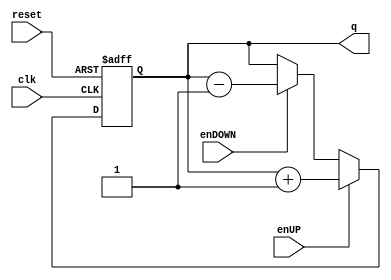
`timescale 1ns / 1ps
//////////////////////////////////////////////////////////////////////////////////
// Company: 
// Engineer: 
// 
// Design Name: 
// Module Name:    Contador_Ascendente_Descendente 
// Project Name: 
// Target Devices: 
// Tool versions: 
// Description: 
//
// Dependencies: 
//
// Revision: 
// Revision 0.01 - File Created
// Additional Comments: 
//
//////////////////////////////////////////////////////////////////////////////////
module Contador_Ascendente_Descendente

	# (parameter N = 4) // Para definir el nmero de bits del contador
	(
		input wire clk,
		input wire reset,
		input wire enUP,
		input wire enDOWN,
		output wire [N-1:0] q
    );

//Signal Declarations
reg [N-1:0] q_act, q_next;


//Body of "state" registers
always@(posedge clk,posedge reset)
	if(reset)
		q_act <= 0;
	else
		q_act <= q_next;

//Specified functions of the counter 		
always@*

	if(enUP)
		q_next = q_act + 1'b1;
	
	else if (enDOWN)
		q_next = q_act - 1'b1;
		
	else
		q_next = q_act;


//Output Logic
assign q = q_act;

endmodule